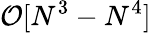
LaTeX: \mathcal{O}[N^{3}-N^{4}]